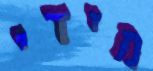
מידי